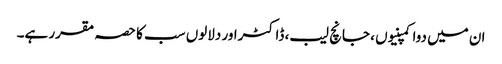
ان میں دوا کمپنیوں ، جانچ لیب، ڈاکٹراور دلالوں سب کا حصہ مقرر ہے۔